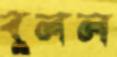
বুলল